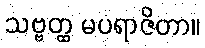
သဗ္ဗတ္ထ မပရာဇိတာ။